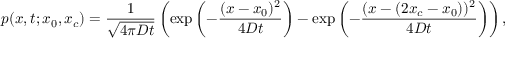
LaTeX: p ( x , t ; x _ { 0 } , x _ { c } ) = { \frac { 1 } { \sqrt { 4 \pi D t } } } \left( \exp \left( - { \frac { ( x - x _ { 0 } ) ^ { 2 } } { 4 D t } } \right) - \exp \left( - { \frac { ( x - ( 2 x _ { c } - x _ { 0 } ) ) ^ { 2 } } { 4 D t } } \right) \right) ,